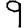
Digit: 9